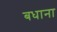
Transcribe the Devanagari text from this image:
बधाना